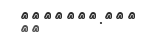
٢٠